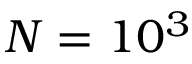
N = 1 0 ^ { 3 }